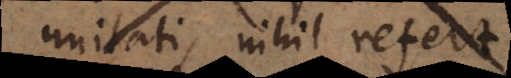
gratia nihil refert